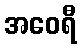
အဝေရီ